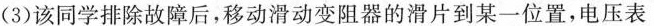
(3)该同学排除故障后，移动滑动变阻器的滑片到某一位置，电压表